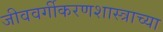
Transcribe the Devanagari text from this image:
जीववर्गीकरणशास्त्राच्या